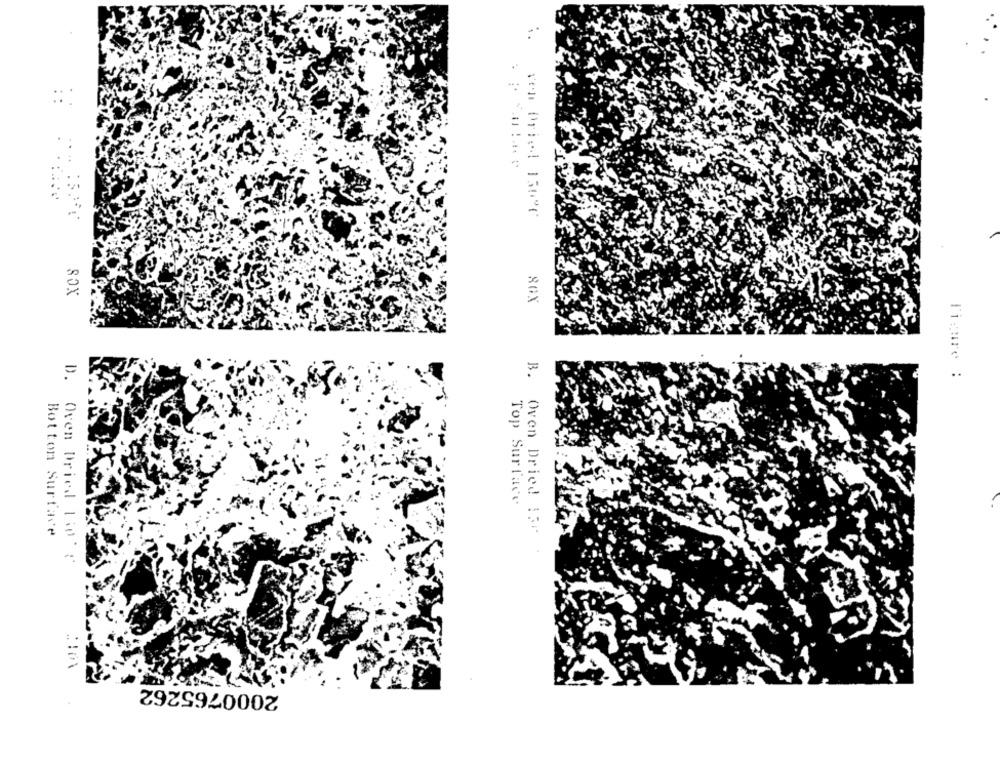
..
80X
=
Figure :
B.
Top Surface
Bottom Surface
Oven Dried 15p.
Oven Dried Lider
2000765262